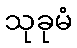
သုခုမံ